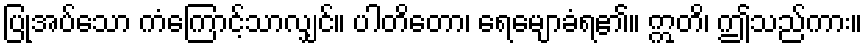
ပြုအပ်သော ကံကြောင့်သာလျှင်။ ပါတိတော၊ ရေမျောခံရ၏။ ဣတိ၊ ဤသည်ကား။